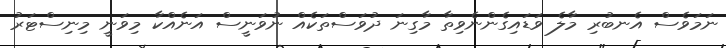
ނަމަވެސް އެނބުރި މާލެ ވަޑައިގެންނެވިތާ މާގިނަ ދުވަސްތަކެއް ނުވަނީސް އަނެއްކާ މިވަނީ މިނިސްޓަރު